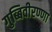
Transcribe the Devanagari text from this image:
गुब्बिवीरण्णा